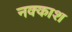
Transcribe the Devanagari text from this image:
नक्‍काश